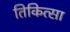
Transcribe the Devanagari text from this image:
तिकित्सा